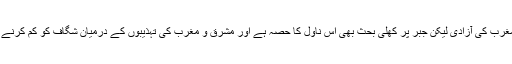
مشرق کے خام لیکن ہمہ وقت موجود سچ اور مغرب کی آزادی لیکن جبر پر کھلی بحث بھی اس ناول کا حصہ ہے اور مشرق و مغرب کی تہذیبوں کے درمیان شگاف کو کم کرنے کی ایک سعی بھی اس ناول میں نظر اتی ہے ۔